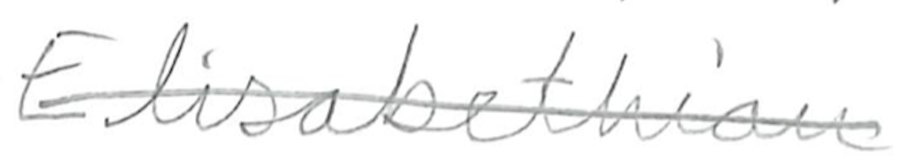
Text: Elizabethan
Cross-out: single-line
Writing tool: pencil